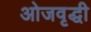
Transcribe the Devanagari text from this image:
ओजवृद्धी